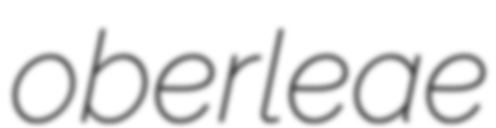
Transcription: oberleae